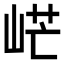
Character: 㟐